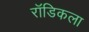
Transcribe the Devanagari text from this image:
रॉडिकला